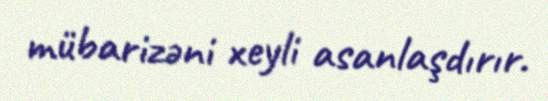
mübarizəni xeyli asanlaşdırır.